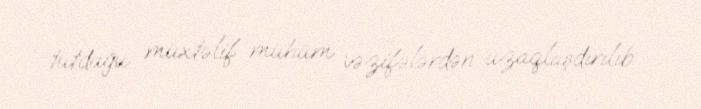
tutduğu müxtəlif mühüm vəzifələrdən uzaqlaşdırılıb.